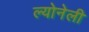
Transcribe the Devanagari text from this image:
ल्योनेली